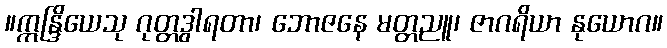
။ဣန္ဒြိယေသု ဂုတ္တဒွါရတာ၊ ဘောဇနေ မတ္တညူ၊ ဇာဂရိယာ နုယောဂ။